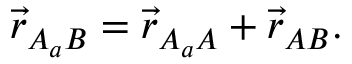
\vec { r } _ { A _ { a } B } = \vec { r } _ { A _ { a } A } + \vec { r } _ { A B } .